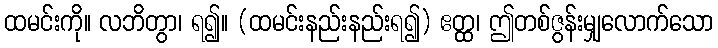
ထမင်းကို။ လဘိတွာ၊ ရ၍။ (ထမင်းနည်းနည်းရ၍) ဧတ္ထ၊ ဤတစ်ဇွန်းမျှလောက်သော